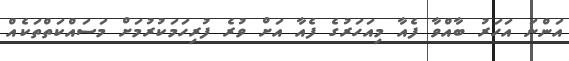
އަންނަ އަހަރު ބާއްވާ ފެއާ މިއަހަރުގެ ފެއާ އަށް ވުރެ ފުރިހަމަކުރުމަށް މަސައްކަތްތަކެއް